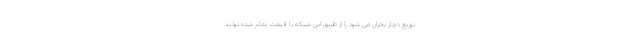
توزیع دچار بحران می شود را از طریق این شبکه با قیمت تمام شده تولید